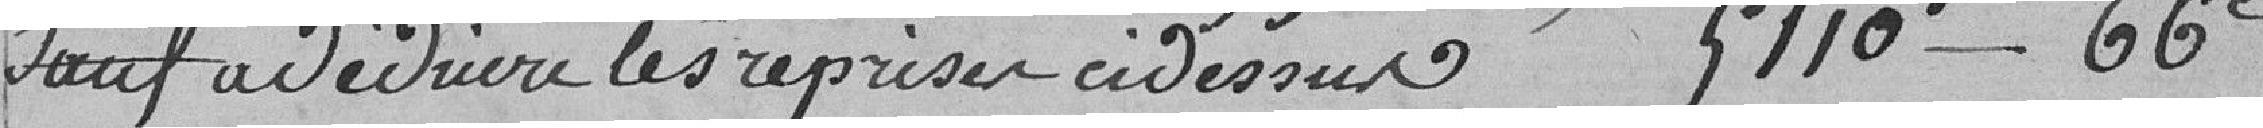
sauf à déduire les reprises ci-dessus.........  5.110 francs 66 centimes